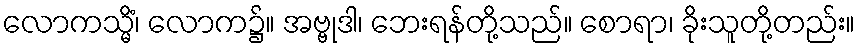
လောကသ္မိံ၊ လောက၌။ အဗ္ဗုဒါ၊ ဘေးရန်တို့သည်။ စောရာ၊ ခိုးသူတို့တည်း။